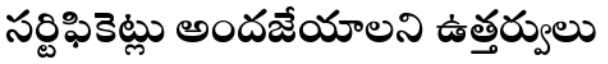
సర్టిఫికెట్లు అందజేయాలని ఉత్తర్వులు